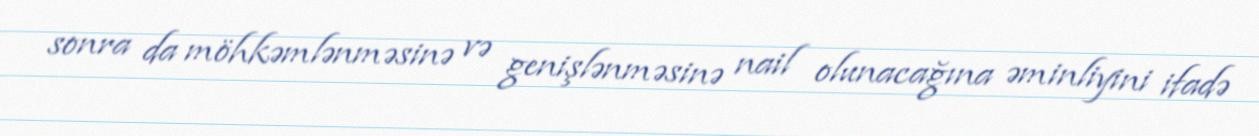
sonra da möhkəmlənməsinə və genişlənməsinə nail olunacağına əminliyini ifadə